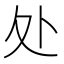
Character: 处